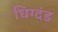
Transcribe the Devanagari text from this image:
धिग्दंड